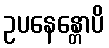
ဥပနေန္တောပိ